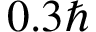
0 . 3 \hbar